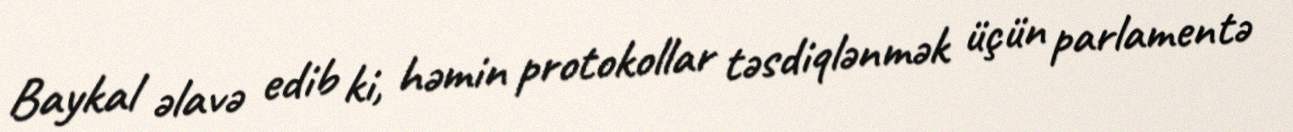
Baykal əlavə edib ki, həmin protokollar təsdiqlənmək üçün parlamentə